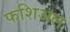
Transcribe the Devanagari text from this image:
फशिअल